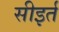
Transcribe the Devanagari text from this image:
सीइर्त